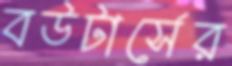
বউটার্সের